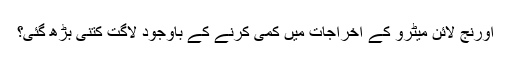
اورنج لائن میٹرو کے اخراجات میں کمی کرنے کے باوجود لاگت کتنی بڑھ گئی؟